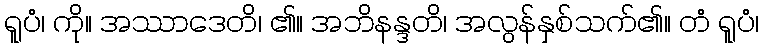
ရူပံ၊ ကို။ အဿာဒေတိ၊ ၏။ အဘိနန္ဒတိ၊ အလွန်နှစ်သက်၏။ တံ ရူပံ၊